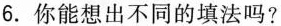
6.你能想出不同的填法吗?